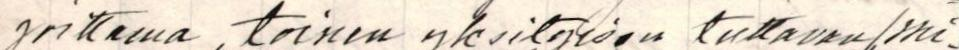
joittama, toinen yksityisen tuttavan /mi-